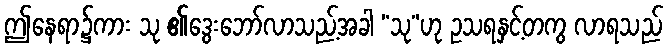
ဤနေရာ၌ကား သု ၏ဒွေးဘော်လာသည့်အခါ “သု”ဟု ဥသရနှင့်တကွ လာရသည်